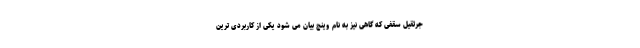
جرثقیل سقفی که گاهی نیز به نام وینچ بیان می شود یکی از کاربردی ترین